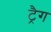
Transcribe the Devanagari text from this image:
ट्रैग